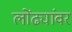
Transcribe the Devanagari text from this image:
लोंढ्यांवर